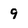
Character: 9